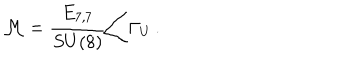
{ \cal M } = \left. \frac { E _ { 7 , 7 } } { S U ( 8 ) } \right/ \Gamma _ { U } \, .